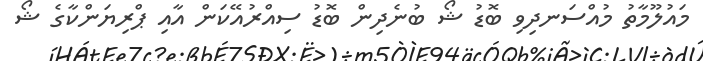
މައުލޫމާތު މުއްސަނދިވި ބޮޑު ޝޯ ބުނެދިން ބޮޑު ސިއްރުއޭކަން އާއި ޕްރިޔަންކާގެ ޝޯ